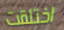
اختلقت